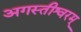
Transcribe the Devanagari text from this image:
अगस्तीश्वरम्